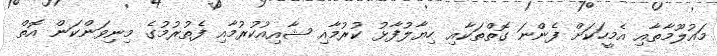
މައުލޫމާތާއި އެމީހަކަށް ފެންނަ ގޮތްތަކާއި ހިޔާލުފާޅު ކުރުމާއި ޝާއިއުކުރުމާއި ފެތުރުމުގެ މިނިވަންކަން އޮތް